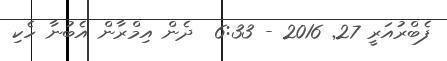
ފެބްރުއަރީ 27